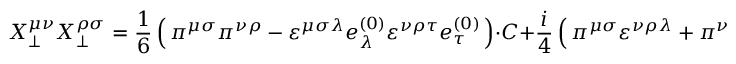
X _ { \bot } ^ { \mu \nu } X _ { \bot } ^ { \rho \sigma } = \frac { 1 } { 6 } \left( \, \pi ^ { \mu \sigma } \pi ^ { \nu \rho } - \varepsilon ^ { \mu \sigma \lambda } e _ { \lambda } ^ { ( 0 ) } \varepsilon ^ { \nu \rho \tau } e _ { \tau } ^ { ( 0 ) } \, \right) \cdot C + \frac { i } { 4 } \left( \, \pi ^ { \mu \sigma } \varepsilon ^ { \nu \rho \lambda } + \pi ^ { \nu \rho } \varepsilon ^ { \mu \sigma \lambda } \, \right) e _ { \lambda } ^ { ( 0 ) } \cdot Q _ { 0 } .